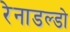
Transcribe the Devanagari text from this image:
रेनाडल्डो